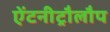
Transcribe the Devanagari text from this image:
ऐंटनीट्रौलौप